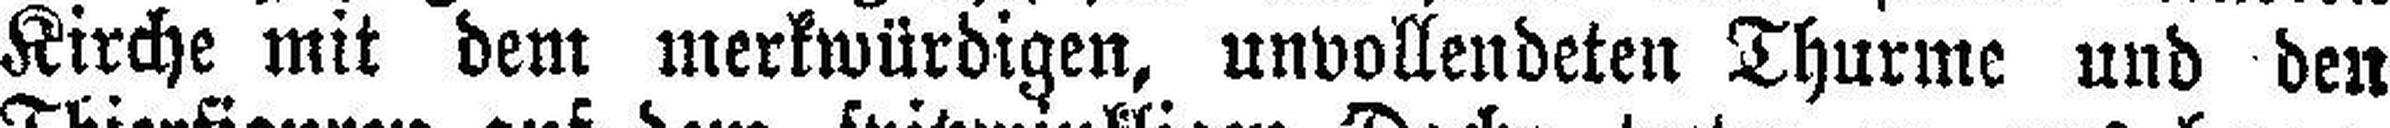
Kirche mit dem merkwürdigen, unvollendeten Thurme und den